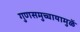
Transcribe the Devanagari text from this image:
गुणसमुच्चायामुळें